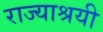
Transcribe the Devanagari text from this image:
राज्याश्रयी